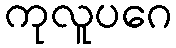
ကုလူပဂေ